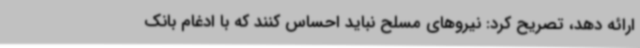
ارائه دهد، تصریح کرد: نیروهای مسلح نباید احساس کنند که با ادغام بانک